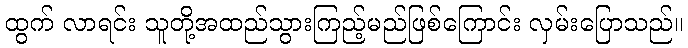
ထွက် လာရင်း သူတို့အထည်သွားကြည့်မည်ဖြစ်ကြောင်း လှမ်းပြောသည်။